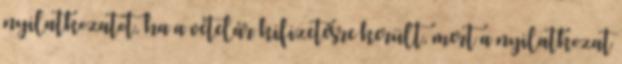
nyilatkozatot, ha a vételár kifizetésre került, mert a nyilatkozat